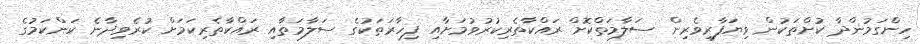
ހިންގަމުންދާ ކުށްތަކުން ވިޔަފާރިވެރިން ސަލާމަތްކޮށް ރައްކާތެރިކުރުވުމަށާއި ފިހާރަތަކުގެ ސަލާމަތާއި ރައްކާތެރިކަމަށް ކުރެވިދާނެ ކަންކަމުގެ